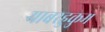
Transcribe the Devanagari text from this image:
याबरहुकुम